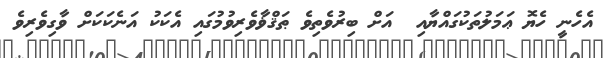
އެހެނީ ހެޔޮ ޢަމަލުތަކުގައްޔާއި  އަށް ބިރުވެތިވެ ޠަޤްޥާވެރިވުމުގައި އެކަކު އަނެކަކަށް ވާގިވެރިވެ